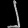
Digit: ၂